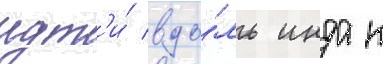
идт'и́ вдо́ль инда к